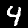
Label: 4